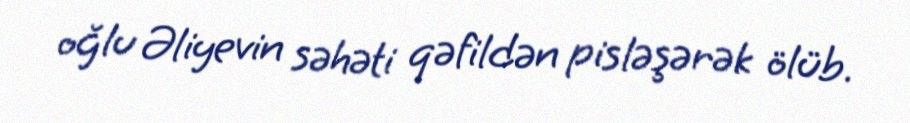
oğlu Əliyevin səhəti qəfildən pisləşərək ölüb.